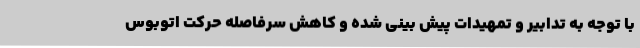
با توجه به تدابیر و تمهیدات پیش بینی شده و کاهش سرفاصله حرکت اتوبوس